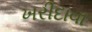
ખરીદાવા